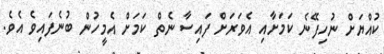
ކުއްޔަށް ނުހިފޭނެ ކަމަށާއި އެވަރަށް ފައިސާ ނެތް ކަމަށް އެމީހުން ބުނެފައިވެ އެވެ.